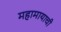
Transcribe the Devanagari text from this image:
महामायाची